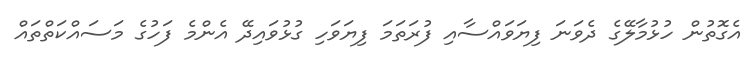
އެގޮތުން ހުޅުމާލޭގެ ދެވަނަ ފިޔަވައްސާއި ފުރަތަމަ ފިޔަވަހި ގުޅުވައިދޭ އެންމެ ފަހުގެ މަސައްކަތްތައް